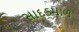
સાદડમાળ